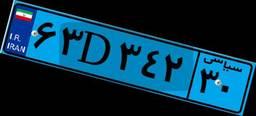
۶۳D۳۴۲۳۰